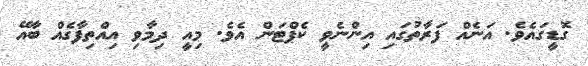
ގޮޑީގައެވެ. އަނެއް ފަރާތުގައި އިންނެވީ ކެޕްޓަން އެވެ. މިއީ ދިމާވި އިއްތިފާގެއް ބާއޭ